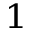
^ 1